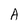
Character: A